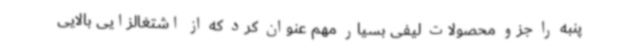
پنبه را جزو محصولات لیفی بسیار مهم عنوان کرد که از اشتغالزایی بالایی